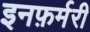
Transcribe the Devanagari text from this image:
इनफ़र्मरी